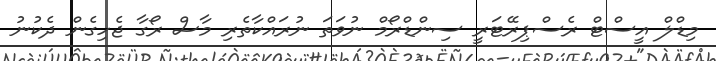
މިޑްލް އީސްޓް ރެސްޕިރޭޓަރީ ސިންޑްރޯމް ނުވަތަ ނުރައްކާތެރި މާސް ރޯގާ ޖެހިގެން ދެކުނު